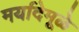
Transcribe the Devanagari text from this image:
मर्यादेमूळे